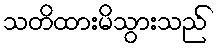
သတိထားမိသွားသည်